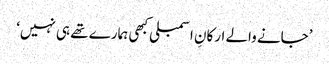
’جانے والے ارکانِ اسمبلی کبھی ہمارے تھے ہی نہیں‘